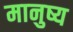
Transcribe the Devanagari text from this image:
मानुष्य